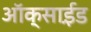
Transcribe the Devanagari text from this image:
ऑक्साई़ड